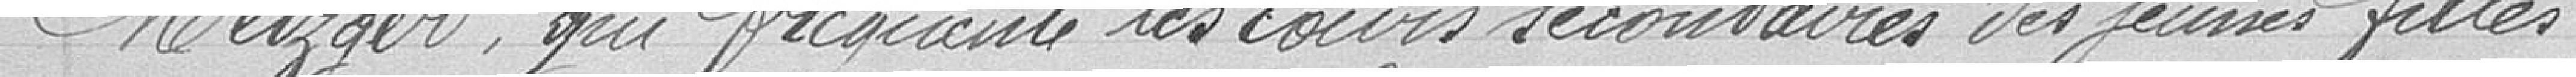
Metzger, qui fréquente les cours secondaires des jeunes filles.